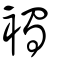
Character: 襡